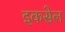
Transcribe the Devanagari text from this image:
इकसेल